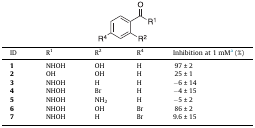
| ID | R1 | R2 | R4 | Inhibition at 1 mMa (%) |
 | --- | --- | --- | --- | --- |
 | 1 | NHOH | OH | H | 97 ± 2 |
 | 2 | OH | OH | H | 25 ± 1 |
 | 3 | NHOH | H | H | −6 ± 14 |
 | 4 | NHOH | Br | H | −4 ± 15 |
 | 5 | NHOH | NH2 | H | −5 ± 2 |
 | 6 | NHOH | OH | Br | 86 ± 2 |
 | 7 | NHOH | H | Br | 9.6 ± 15 |